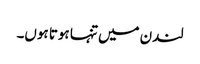
لندن میں تنہا ہوتا ہوں۔